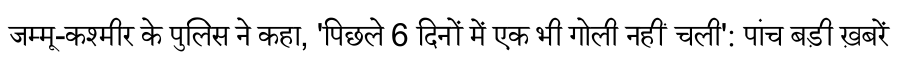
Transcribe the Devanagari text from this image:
जम्मू-कश्मीर के पुलिस ने कहा, 'पिछले 6 दिनों में एक भी गोली नहीं चली': पांच बड़ी ख़बरें